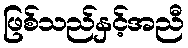
ဖြစ်သည်နှင့်အညီ